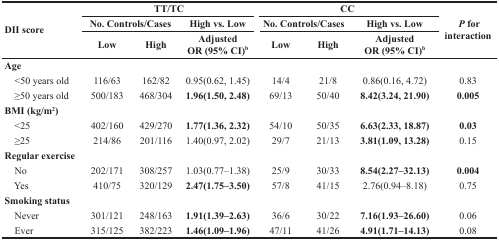
<table><thead><tr><td rowspan="3"><b>DII score</b></td><td colspan="3"><b>TT/TC</b></td><td colspan="3"><b>CC</b></td><td rowspan="3"><b><i>P</i> for interaction</b></td></tr><tr><td colspan="2"><b>No. Controls/Cases</b></td><td><b>High vs. Low</b></td><td colspan="2"><b>No. Controls/Cases</b></td><td><b>High vs. Low</b></td></tr><tr><td><b>Low</b></td><td><b>High</b></td><td><b>Adjusted OR (95% CI)<sup>b</sup></b></td><td><b>Low</b></td><td><b>High</b></td><td><b>Adjusted OR (95% CI)<sup>b</sup></b></td></tr></thead><tbody><tr><td><b>Age</b></td><td></td><td></td><td></td><td></td><td></td><td></td><td></td></tr><tr><td> &lt;50 years old</td><td>116/63</td><td>162/82</td><td>0.95(0.62, 1.45)</td><td>14/4</td><td>21/8</td><td>0.86(0.16, 4.72)</td><td>0.83</td></tr><tr><td> ≥50 years old</td><td>500/183</td><td>468/304</td><td><b>1.96(1.50, 2.48)</b></td><td>69/13</td><td>50/40</td><td><b>8.42(3.24, 21.90)</b></td><td><b>0.005</b></td></tr><tr><td><b>BMI (kg/m<sup>2</sup>)</b></td><td></td><td></td><td></td><td></td><td></td><td></td><td></td></tr><tr><td> &lt;25</td><td>402/160</td><td>429/270</td><td><b>1.77(1.36, 2.32)</b></td><td>54/10</td><td>50/35</td><td><b>6.63(2.33, 18.87)</b></td><td><b>0.03</b></td></tr><tr><td> ≥25</td><td>214/86</td><td>201/116</td><td>1.40(0.97, 2.02)</td><td>29/7</td><td>21/13</td><td><b>3.81(1.09, 13.28)</b></td><td>0.15</td></tr><tr><td><b>Regular exercise</b></td><td></td><td></td><td></td><td></td><td></td><td></td><td></td></tr><tr><td> No</td><td>202/171</td><td>308/257</td><td>1.03(0.77–1.38)</td><td>25/9</td><td>30/33</td><td><b>8.54(2.27–32.13)</b></td><td><b>0.004</b></td></tr><tr><td> Yes</td><td>410/75</td><td>320/129</td><td><b>2.47(1.75–3.50)</b></td><td>57/8</td><td>41/15</td><td>2.76(0.94–8.18)</td><td>0.75</td></tr><tr><td><b>Smoking status</b></td><td></td><td></td><td></td><td></td><td></td><td></td><td></td></tr><tr><td> Never</td><td>301/121</td><td>248/163</td><td><b>1.91(1.39–2.63)</b></td><td>36/6</td><td>30/22</td><td><b>7.16(1.93–26.60)</b></td><td>0.06</td></tr><tr><td> Ever</td><td>315/125</td><td>382/223</td><td><b>1.46(1.09–1.96)</b></td><td>47/11</td><td>41/26</td><td><b>4.91(1.71–14.13)</b></td><td>0.08</td></tr></tbody></table>